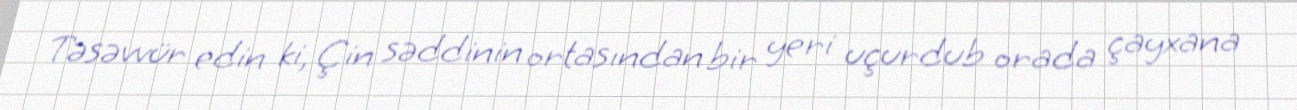
Təsəvvür edin ki, Çin səddinin ortasından bir yeri uçurdub orada çayxana